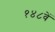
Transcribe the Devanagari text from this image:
१४८वें